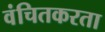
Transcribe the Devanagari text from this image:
वंचितकरता